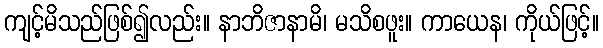
ကျင့်မိသည်ဖြစ်၍လည်း။ နာဘိဇာနာမိ၊ မသိစဖူး။ ကာယေန၊ ကိုယ်ဖြင့်။